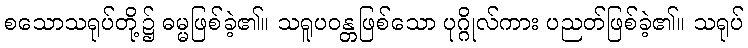
စသောသရုပ်တို့၌ ဓမ္မဖြစ်ခဲ့၏။ သရူပဝန္တဖြစ်သော ပုဂ္ဂိုလ်ကား ပညတ်ဖြစ်ခဲ့၏။ သရုပ်